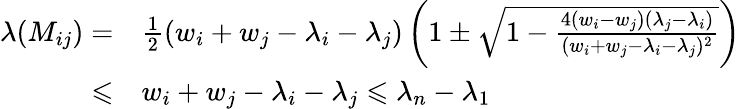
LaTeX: \begin{array}{rl}{\lambda(M_{ij})=}&{\frac{1}{2}(w_{i}+w_{j}-\lambda_{i}-\lambda_{j})\left(1\pm\sqrt{1-\frac{4(w_{i}-w_{j})(\lambda_{j}-\lambda_{i})}{(w_{i}+w_{j}-\lambda_{i}-\lambda_{j})^{2}}}\right)}\\ {\leqslant}&{w_{i}+w_{j}-\lambda_{i}-\lambda_{j}\leqslant\lambda_{n}-\lambda_{1}}\end{array}